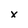
Character: x